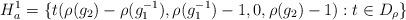
LaTeX: \begin{align*}H^1_a=\{t(\rho(g_2)-\rho(g_1^{-1}),\rho(g_1^{-1})-1,0,\rho(g_2)-1):t\in D_\rho\}\end{align*}